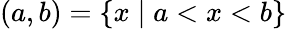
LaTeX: (a,b)=\{ x\mid a<x<b\}